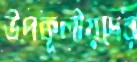
উপকূলীয়দের